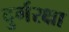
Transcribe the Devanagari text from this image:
दुर्गरक्षा